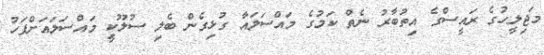
މަޖިލީހުގެ ރައީސްގެ އިތުބާރު ނެތް ކަމުގެ މައްސަލައާ ގުޅިގެން ބެލި ސުލޫކީ މައްސަލައަށްފަހު